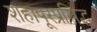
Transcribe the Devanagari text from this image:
शहापूरप्रसिद्ध